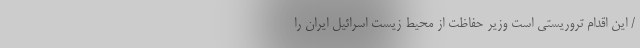
/ این اقدام تروریستی است وزیر حفاظت از محیط زیست اسرائیل ایران را